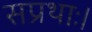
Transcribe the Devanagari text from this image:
सप्रथाः।